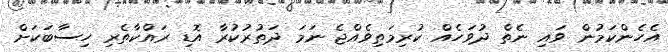
އެހެންކަމުން ވައި ނެތް ދުވަހެއް ކުރިމަތިވެއްޖެ ނަމަ ދަތުރުކުރާ އޮޑި ރައްކާތެރި ހިސާބަކަށް